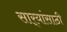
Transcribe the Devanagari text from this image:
सार्‍यांसाठी